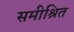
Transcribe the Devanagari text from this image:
समीश्रित